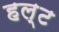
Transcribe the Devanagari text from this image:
हल्ट